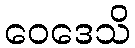
ဝေဒေသိ